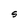
Character: S